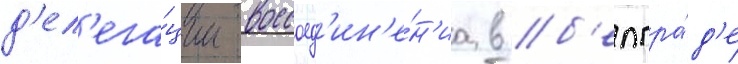
д'ел'ега́ции воссоед'ин'е́н'иа в б'елгра́д'е